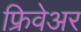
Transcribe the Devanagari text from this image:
फ्रिवेअर